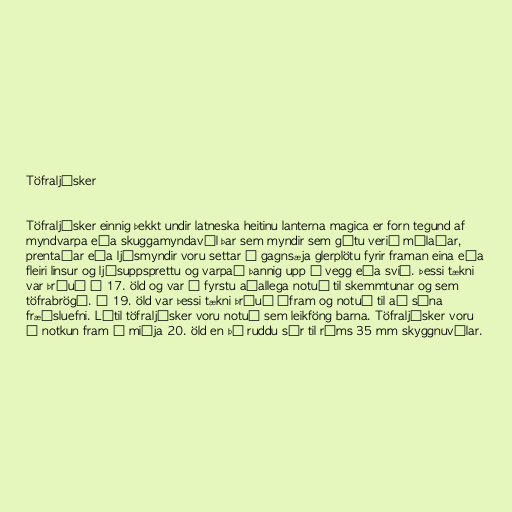
Töfraljósker

Töfraljósker einnig þekkt undir latneska heitinu lanterna magica er forn tegund af
myndvarpa eða skuggamyndavél þar sem myndir sem gátu verið málaðar,
prentaðar eða ljósmyndir voru settar á gagnsæja glerplötu fyrir framan eina eða
fleiri linsur og ljósuppsprettu og varpað þannig upp á vegg eða svið. Þessi tækni
var þróuð á 17. öld og var í fyrstu aðallega notuð til skemmtunar og sem
töfrabrögð. Á 19. öld var þessi tækni þróuð áfram og notuð til að sýna
fræðsluefni. Lítil töfraljósker voru notuð sem leikföng barna. Töfraljósker voru
í notkun fram á miðja 20. öld en þá ruddu sér til rúms 35 mm skyggnuvélar.